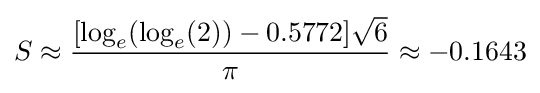
S\approx {\frac {[\log _{e}(\log _{e}(2))-0.5772]{\sqrt {6}}}{\pi }}\approx -0.1643